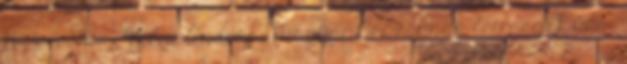
1943, 34-35. ↑ Vályi András: Magyar Országnak leírása. Buda: